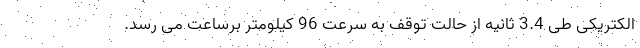
الکتریکی طی 3.4 ثانیه از حالت توقف به سرعت 96 کیلومتر برساعت می رسد.